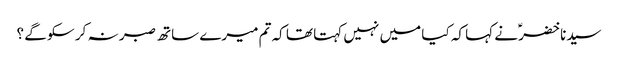
سیدنا خضرؑ نے کہا کہ کیا میں نہیں کہتا تھا کہ تم میرے ساتھ صبر نہ کر سکو گے ؟